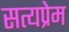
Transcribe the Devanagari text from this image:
सत्यप्रेम